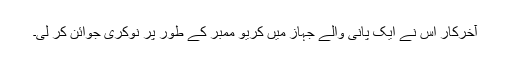
آخرکار اس نے ایک پانی والے جہاز میں کریو ممبر کے طور پر نوکری جوائن کر لی۔